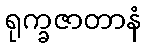
ရုက္ခဇာတာနံ